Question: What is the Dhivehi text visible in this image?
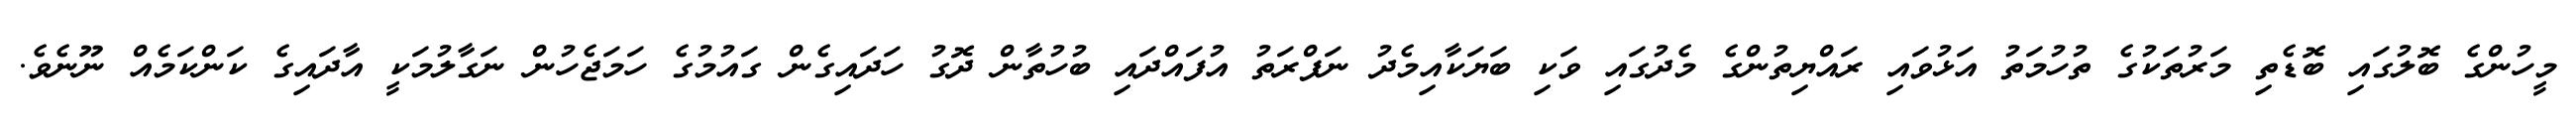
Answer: މީހުންގެ ބޮލުގައި ބޮޑެތި މަރުތަކުގެ ތުހުމަތު އަޅުވައި ރައްޔިތުންގެ މެދުގައި ވަކި ބަޔަކާއިމެދު ނަފްރަތު އުފައްދައި ބުހުތާން ދޮގު ހަދައިގެން ގައުމުގެ ހަމަޖެހުން ނަގާލުމަކީ އާދައިގެ ކަންކަމެއް ނޫނެވެ.